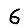
Digit: 6